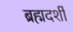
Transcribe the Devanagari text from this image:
ब्रह्मदर्शी